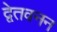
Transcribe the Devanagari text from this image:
द्वेतवनन